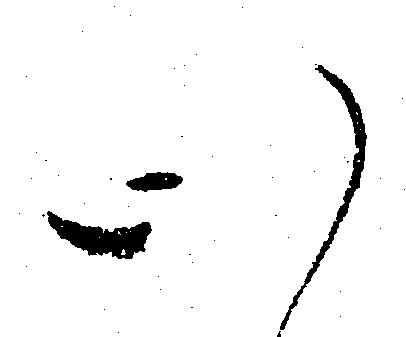
心